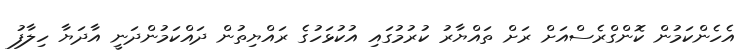
އެހެންކަމުން ކޮންގްރެސްއަށް ރަށް ތައްޔާރު ކުރުމުގައި އުކުޅަހުގެ ރައްޔިތުން ދައްކަމުންދަނީ އާދަޔާ ހިލާފު